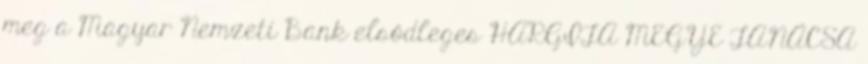
meg a Magyar Nemzeti Bank elsődleges HARGITA MEGYE TANÁCSA